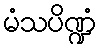
မံသပိဏ္ဍံ